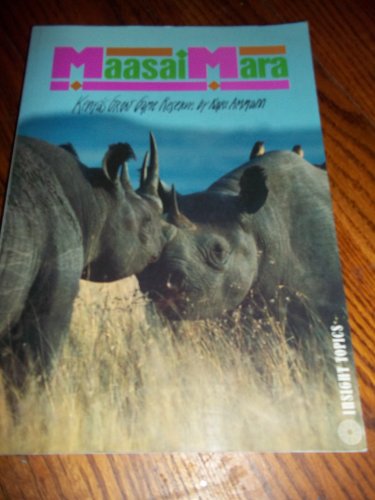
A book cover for Maasai Mara: Kenya's Great Game Reserve; Karl Ammann; Travel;